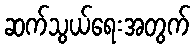
ဆက်သွယ်ရေးအတွက်